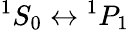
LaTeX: ^1S_{0}\leftrightarrow{}^{1}P_{1}